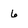
Character: 6